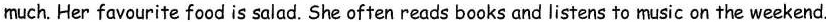
much.Her favourite food is salad. She often reads books and listens to music on the weekend.